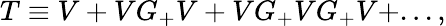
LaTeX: T\equiv V+VG_{+}V+VG_{+}VG_{+}V+...,